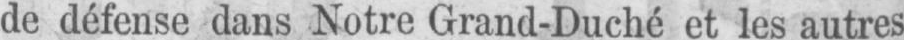
de défense dans Notre Grand-Duché et les autres